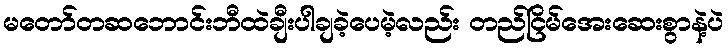
မတော်တဆဘောင်းဘီထဲချီးပါချခဲ့ပေမဲ့လည်း တည်ငြိမ်အေးဆေးစွာနဲ့ပဲ